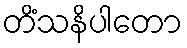
တိံသနိပါတော